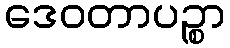
ဒေဝတာပဉ္စာ